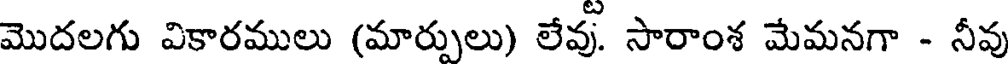
మొదలగు వికారములు (మారులు) లేవు. సారాంశ మేమనగా - నీవు